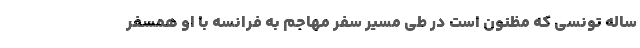
ساله تونسی که مظنون است در طی مسیر سفر مهاجم به فرانسه با او همسفر